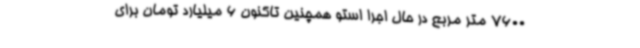
7600 متر مربع در حال اجرا استو همچنین تاکنون 6 میلیارد تومان برای